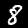
Digit: 8